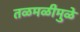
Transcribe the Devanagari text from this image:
तळमळीमुळे